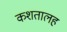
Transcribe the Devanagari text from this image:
कशतालह